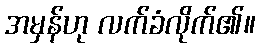
အမှန်ဟု လက်ခံလိုက်၏။